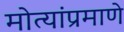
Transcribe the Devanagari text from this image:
मोत्यांप्रमाणे